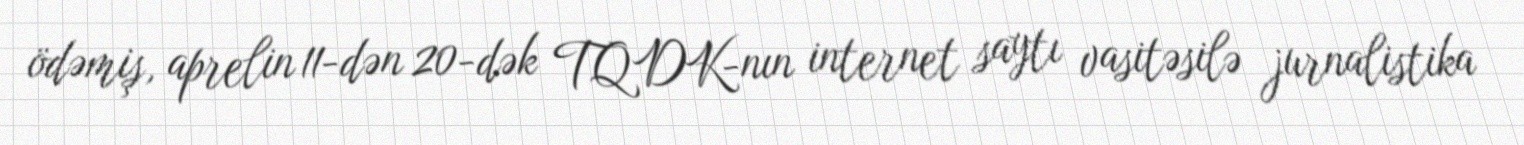
ödəmiş, aprelin 11-dən 20-dək TQDK-nın internet saytı vasitəsilə jurnalistika